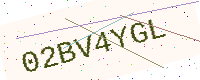
Text: 02BV4YGL